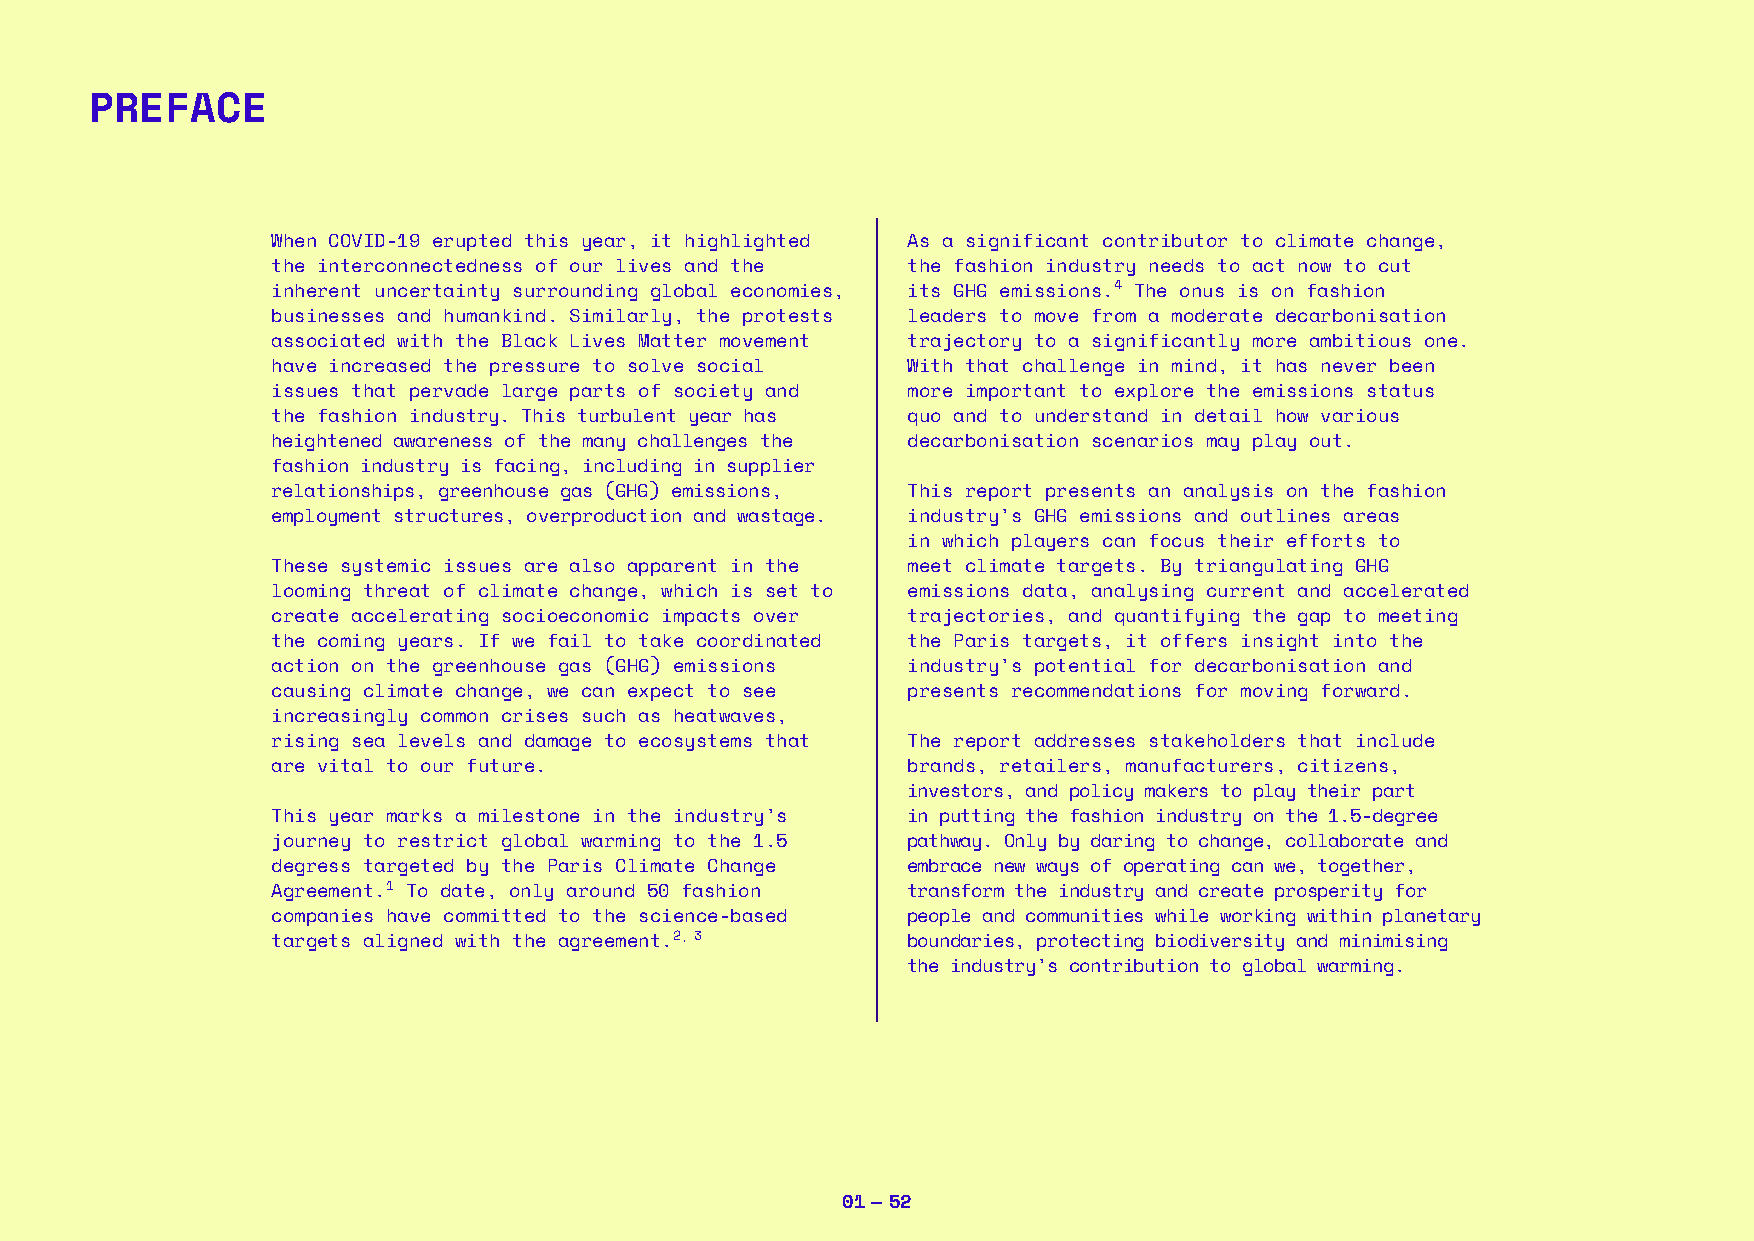
PREFACE
 When COVID-19 erupted this year, it highlighted As a significant contributor to climate change,
 the interconnectedness of our lives and the the fashion industry needs to act now to cut
 inherent uncertainty surrounding global economies, its GHG emissions.4 The onus is on fashion
 businesses and humankind. Similarly, the protests leaders to move from a moderate decarbonisation
 associated with the Black Lives Matter movement trajectory to a significantly more ambitious one.
 have increased the pressure to solve social With that challenge in mind, it has never been
 issues that pervade large parts of society and more important to explore the emissions status
 the fashion industry. This turbulent year has quo and to understand in detail how various
 heightened awareness of the many challenges the decarbonisation scenarios may play out.
 fashion industry is facing, including in supplier
 relationships, greenhouse gas (GHG) emissions, This report presents an analysis on the fashion
 employment structures, overproduction and wastage. industry’s GHG emissions and outlines areas
 in which players can focus their efforts to
 These systemic issues are also apparent in the meet climate targets. By triangulating GHG
 looming threat of climate change, which is set to emissions data, analysing current and accelerated
 create accelerating socioeconomic impacts over trajectories, and quantifying the gap to meeting
 the coming years. If we fail to take coordinated the Paris targets, it offers insight into the
 action on the greenhouse gas (GHG) emissions industry’s potential for decarbonisation and
 causing climate change, we can expect to see presents recommendations for moving forward.
 increasingly common crises such as heatwaves,
 rising sea levels and damage to ecosystems that The report addresses stakeholders that include
 are vital to our future.                  brands, retailers, manufacturers, citizens,
 investors, and policy makers to play their part
 This year marks a milestone in the industry’s in putting the fashion industry on the 1.5-degree
 journey to restrict global warming to the 1.5 pathway. Only by daring to change, collaborate and
 degress targeted by the Paris Climate Change embrace new ways of operating can we, together,
 Agreement.1 To date, only around 50 fashion transform the industry and create prosperity for
 companies have committed to the science-based people and communities while working within planetary
 targets aligned with the agreement.2, 3   boundaries, protecting biodiversity and minimising
 the industry’s contribution to global warming.
 01 — 52